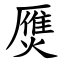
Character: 㷳